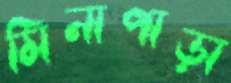
মিনাপাড়া